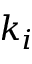
k _ { i }